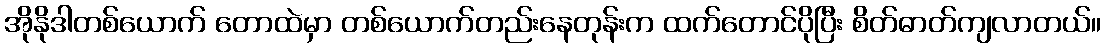
အိုနိုဒါတစ်ယောက် တောထဲမှာ တစ်ယောက်တည်းနေတုန်းက ထက်တောင်ပိုပြီး စိတ်ဓာတ်ကျလာတယ်။